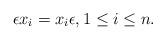
LaTeX: \begin{align*} \epsilon x_i = x_i \epsilon, 1 \leq i \leq n.\end{align*}